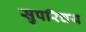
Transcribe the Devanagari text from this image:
सुपरिचय